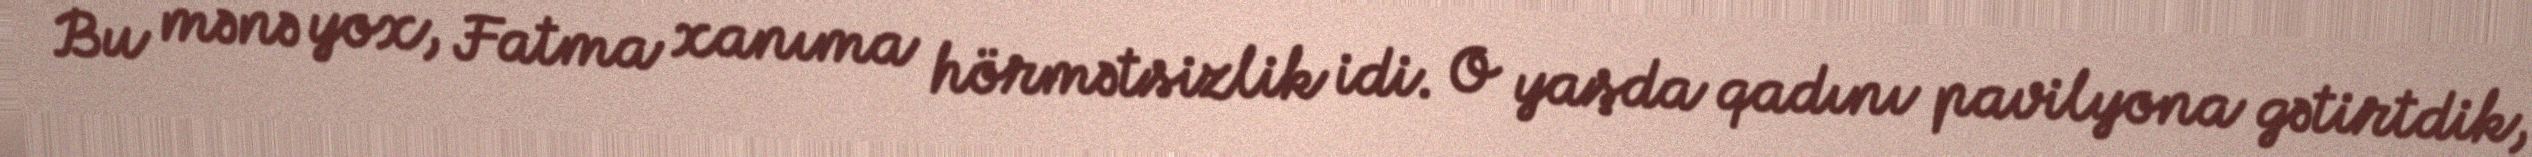
Bu mənə yox, Fatma xanıma hörmətsizlik idi. O yaşda qadını pavilyona gətirtdik,